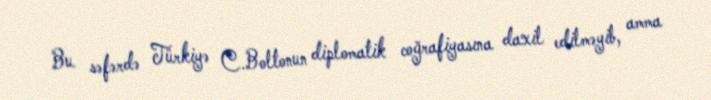
Bu səfərdə Türkiyə C.Boltonun diplomatik coğrafiyasına daxil edilməyib, amma